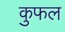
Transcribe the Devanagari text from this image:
कुफल